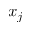
x _ { j }